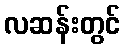
လဆန်းတွင်